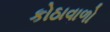
કોઠાવાળો